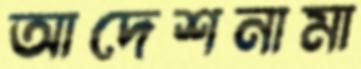
আদেশনামা